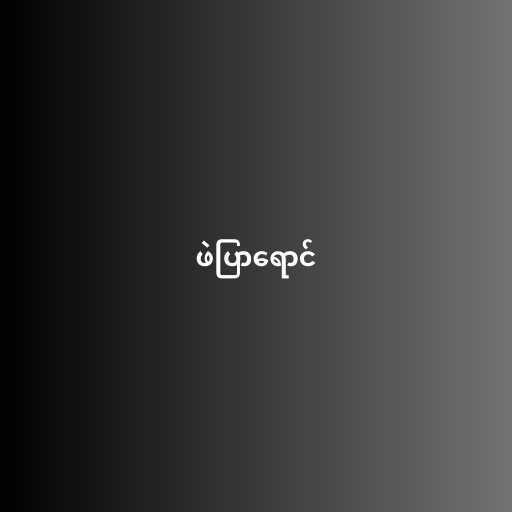
ဖဲပြာရောင်